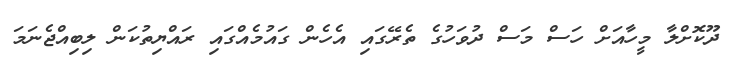
ދޫކޮށްލާ މީހާއަށް ހަސް މަސް ދުވަހުގެ ތެރޭގައި އެހެން ގައުމެއްގައި ރައްޔިތުކަން ލިބިއްޖެނަމަ